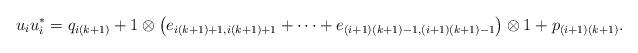
LaTeX: \begin{align*}u_iu_i^* = q_{i(k+1)} + 1\otimes \left(e_{i(k+1)+1, i(k+1)+1} + \cdots +e_{(i+1)(k+1) - 1,(i+1)(k+1)-1}\right)\otimes 1 + p_{(i+1)(k+1)}.\end{align*}